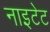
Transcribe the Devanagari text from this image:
नाइटेट